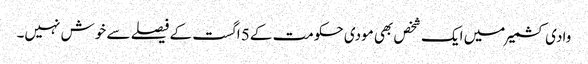
وادی کشمیر میں ایک شخص بھی مودی حکومت کے5 اگست کے فیصلے سے خوش نہیں۔